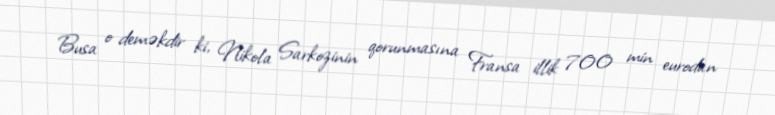
Busa o deməkdir ki, Nikola Sarkozinin qorunmasına Fransa illik 700 min eurodan